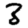
Digit: 3